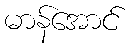
မာန်အောင်